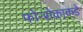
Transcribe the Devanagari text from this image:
फोन्सेकाकडे